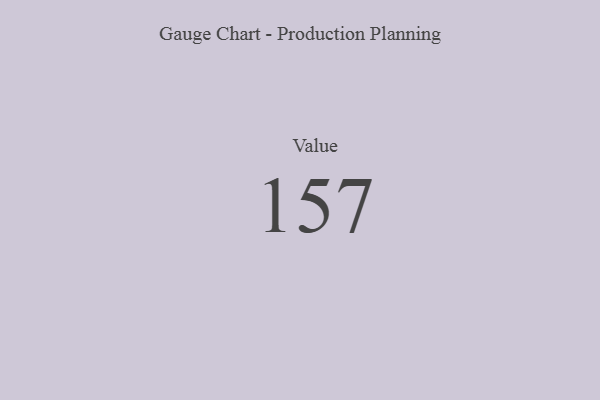
{"axis": {"x": "Metric", "y": "Value"}, "legend": [""], "data": [{"x": "Value", "y": 157, "type": ""}]}